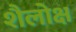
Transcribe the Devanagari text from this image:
शैलोक्ष